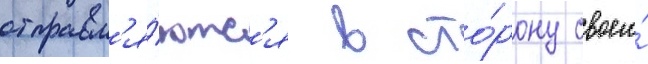
отправл'я́ютс'я в сто́рону своего́